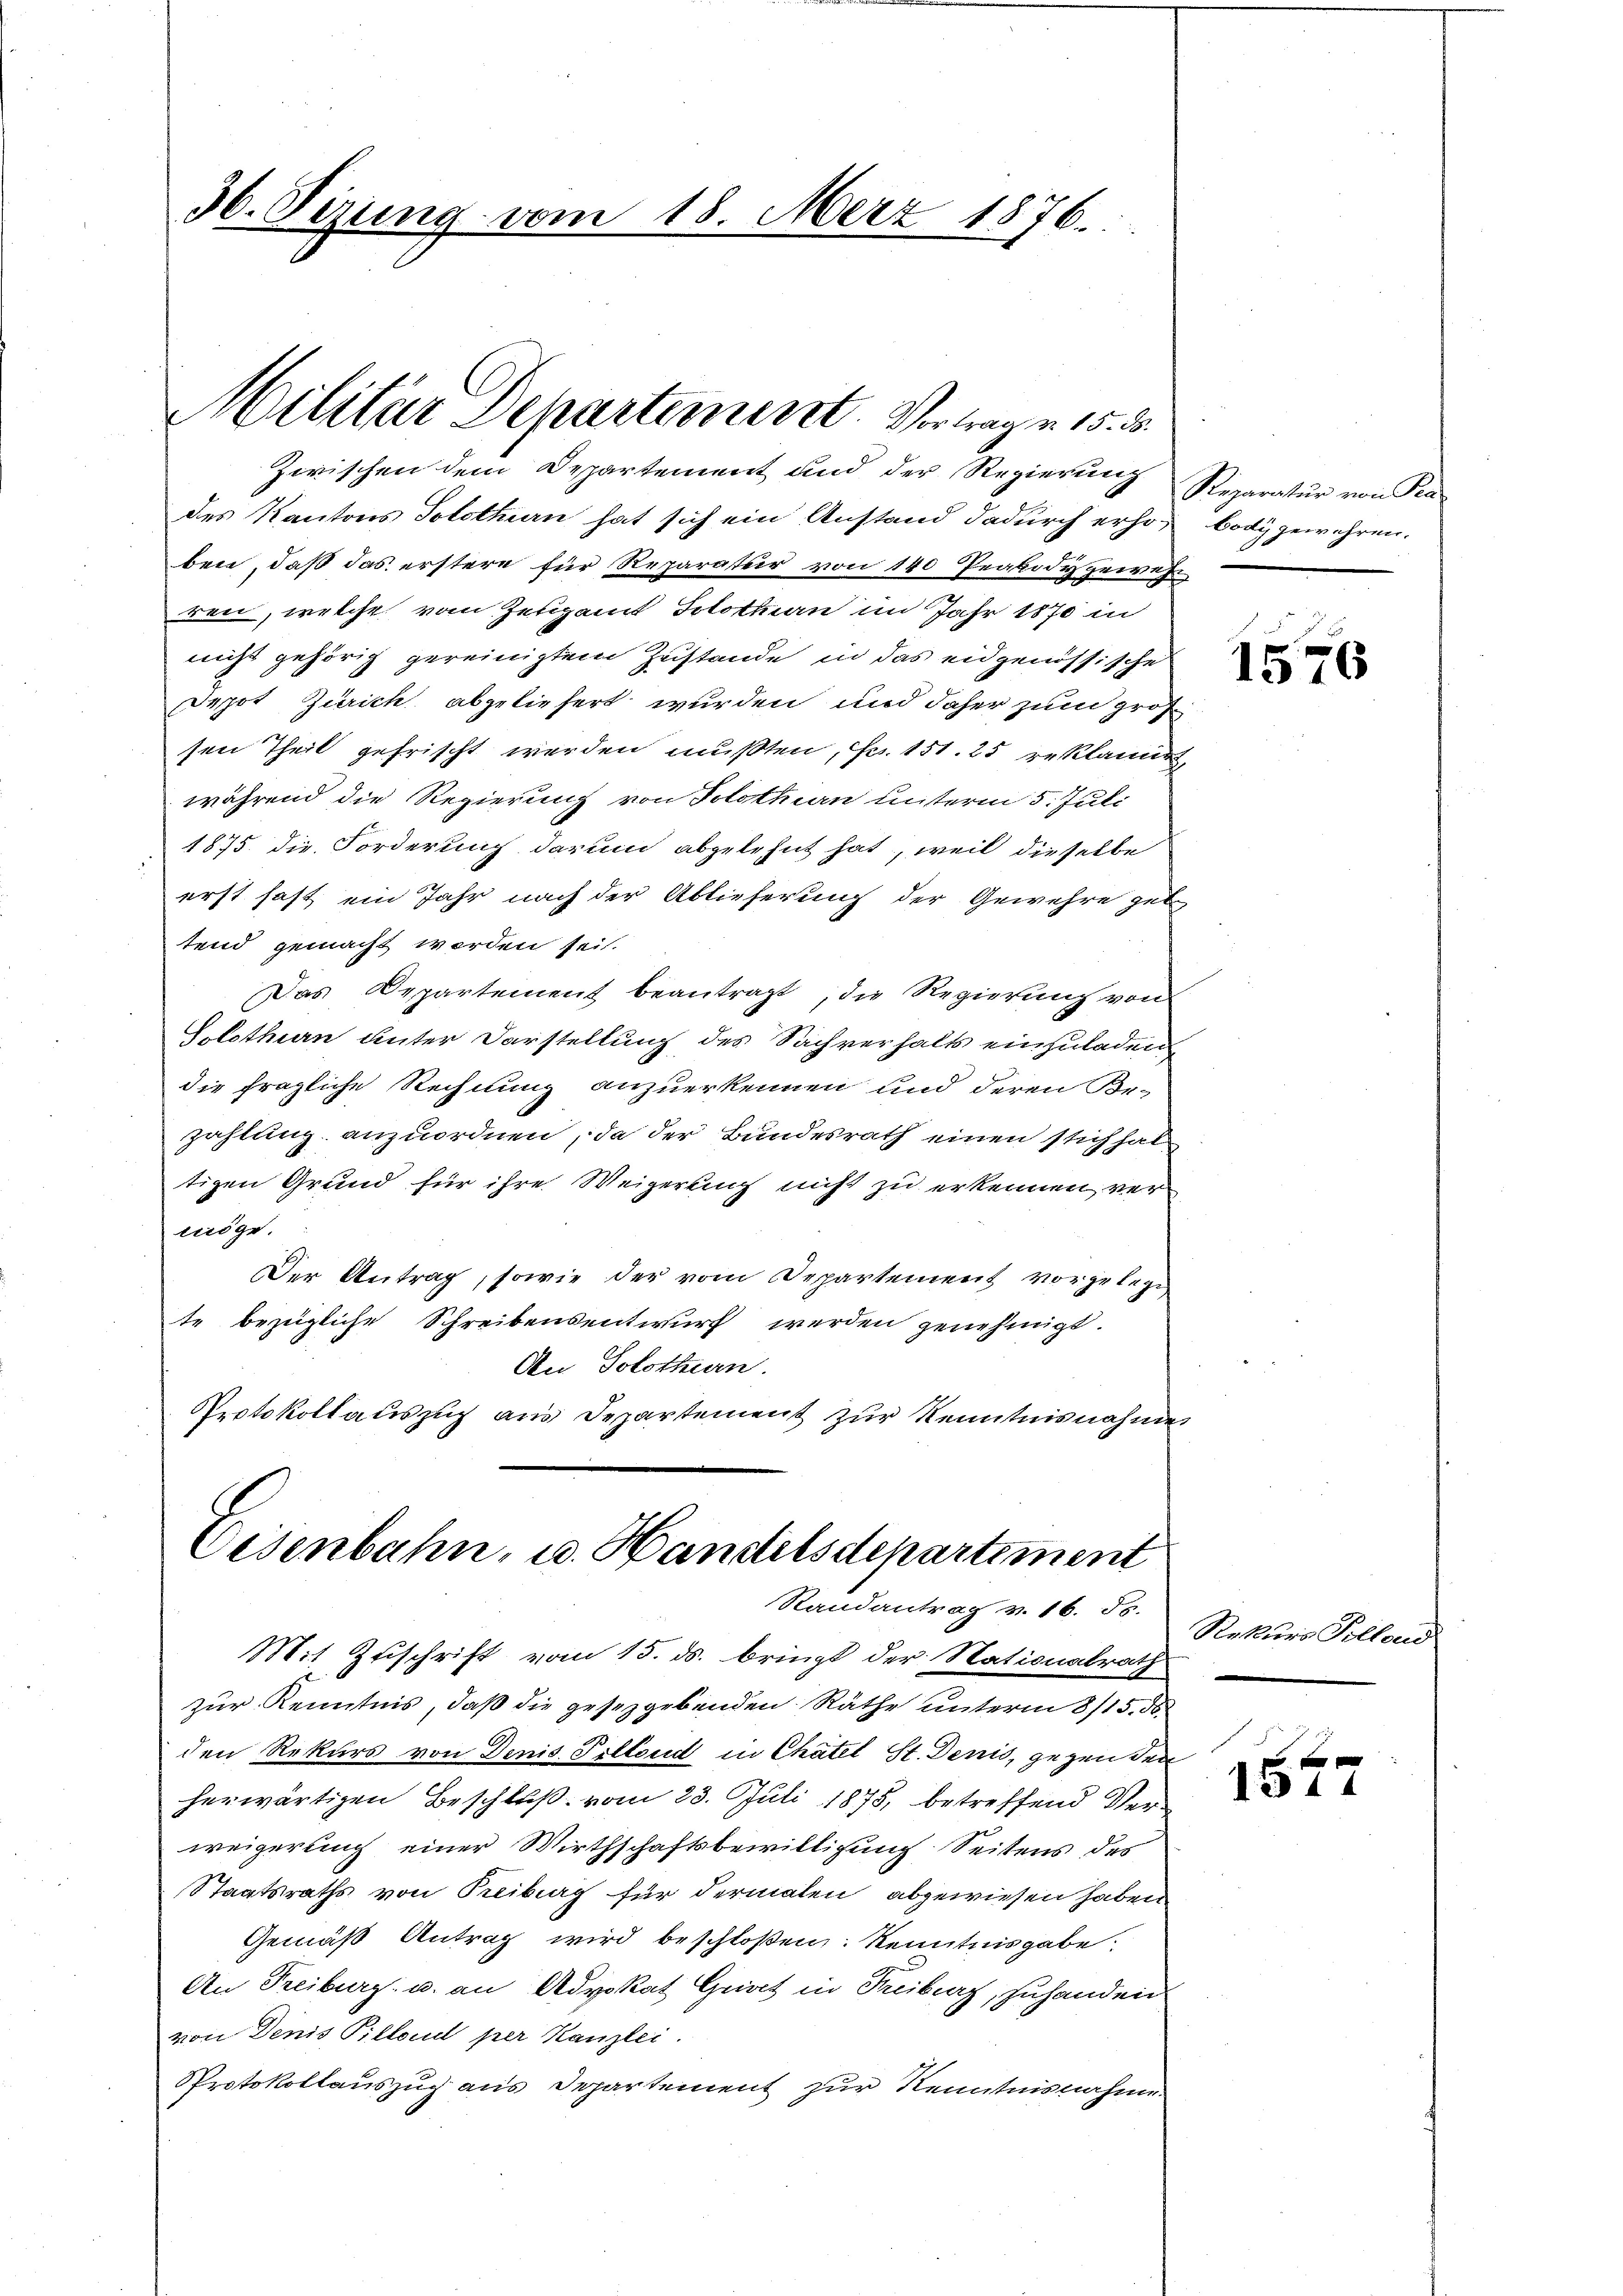
36. Sizung vom 18. März 1876.

Militär Departement. Vertrage 15. d.

Eisenbahn, u. Handelsdepartiment
Randantrag v. 16. ds.

Zwischen dem Departement und der Regierŭng Reparatŭr von Pra
des Kantons Solothurn hat sich ein Anstand dadurch erho¬ body gewehren.
ben, daß das erstere für Reparatur von 140 Peabody gewehrren, welche vom Zeugamt Solothurn im Jahr 1870 in
nicht gehörig gereinigtem Zustande in das eidgenössische
Depot Zürich abgeliefert wurden und daher zum groß
sen Theil gefrischt werden mußten, Fr. 151. 25 reklamiert,
während die Regierung von Solothurn unterm 5. Juli
1875 die Forderung darum abgelehnt hat, weil dieselbe
erst hast ein Jahr nach der Ablieferung der Gewehre gel
tend gemacht worden sei.
Das Departement beantragt, die Regierung von
lothurn unter Darstellung des Sachverhalts einzuladen
die fragliche Rechnung anzuerkennen und deren Be-
zahlung anzuordnen, da der Bundesrath einen stichhal-
tigen Grund für ihre Weigerung nicht zu erkennen, vermöge.
Der Antrag, sowie der vom Departement vorgelege
te bezügliche Schreibensentwurf werden genehmigt.
An Solothurn.
Protokollauszug aus Departement zur Kenntnisnahme

Mit Zuschrift vom 15. ds. bringt der Nationalrath
zur Kenntnis, daß die gesetzgebenden Räthe unterm 8/15. ds.
den Rekurs von Denis Pillend in Chatel St. Denis, gegenden
herwärtigen Beschluß vom 23. Juli 1875, betreffend Verweigerung einer Wirthschaftsbewilligung Seitens des
Staatsraths von Treiburg für dermalen abgewiesen haben
Gemäß Antrag wird beschloßen: Kenntnisgabe.
An Freiburg u. an Advokat Grat in Freiburg, zuhanden
von Denis Pillend per Kanzlei.
PProtokollauszug aus Departement zur Kenntnisnahme

1576

Rekurs Tollend

1344